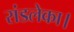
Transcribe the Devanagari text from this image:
रांडलेका।